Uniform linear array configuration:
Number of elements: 24
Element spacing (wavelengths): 0.75
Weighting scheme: hann
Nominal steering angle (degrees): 15
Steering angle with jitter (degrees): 16.687
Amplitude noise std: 0.05
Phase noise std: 0.05

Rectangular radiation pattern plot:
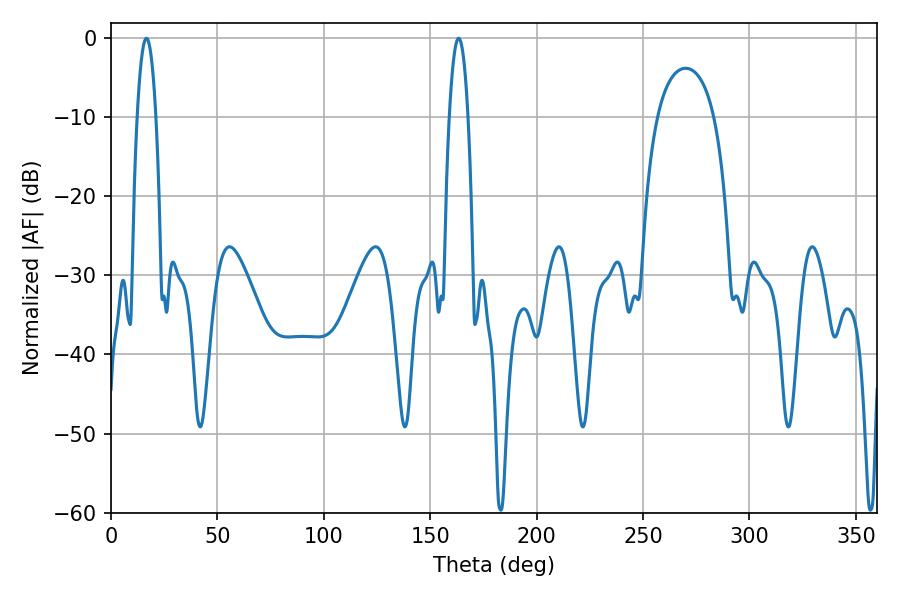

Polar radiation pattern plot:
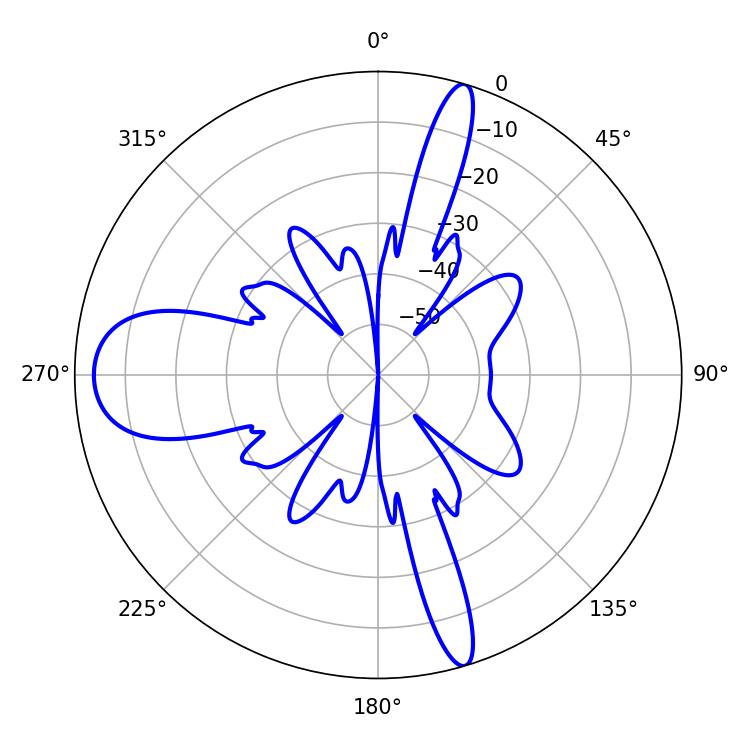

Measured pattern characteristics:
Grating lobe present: TRUE
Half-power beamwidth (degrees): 4.86
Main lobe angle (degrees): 16.56